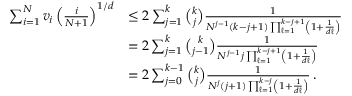
\begin{array} { r l } { \sum _ { i = 1 } ^ { N } v _ { i } \left( \frac { i } { N + 1 } \right) ^ { 1 / d } } & { \leq 2 \sum _ { j = 1 } ^ { k } { \binom { k } { j } } \frac { 1 } { N ^ { j - 1 } ( k - j + 1 ) \prod _ { \ell = 1 } ^ { k - j + 1 } \left( 1 + \frac { 1 } { d \ell } \right) } } \\ & { = 2 \sum _ { j = 1 } ^ { k } { \binom { k } { j - 1 } } \frac { 1 } { N ^ { j - 1 } j \prod _ { \ell = 1 } ^ { k - j + 1 } \left( 1 + \frac { 1 } { d \ell } \right) } } \\ & { = 2 \sum _ { j = 0 } ^ { k - 1 } { \binom { k } { j } } \frac { 1 } { N ^ { j } ( j + 1 ) \prod _ { \ell = 1 } ^ { k - j } \left( 1 + \frac { 1 } { d \ell } \right) } \, . } \end{array}